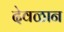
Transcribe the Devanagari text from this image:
देवळान